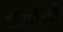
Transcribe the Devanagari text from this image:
इनंमें